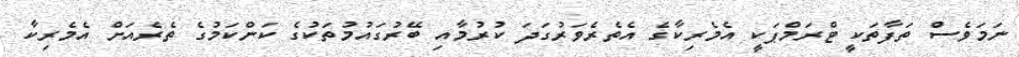
ނަމަވެސް ތަފާތަކީ ޓްރަމްޕަކީ އެމެރިކާގެ އެތެރެވަރުގަދަ ކުރުމާއި ބޭރުގައުމުތަކުގެ ކަންކަމުގެ ތެރެއަށް އެމެރިކާ